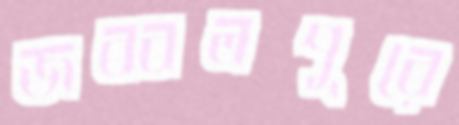
জব্বলপুরে